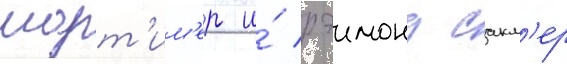
морт'им'ер и́ рэимонд сакл'ер